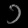
Digit: ၁